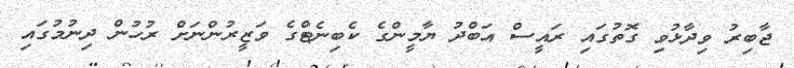
ޖާބިރު ވިދާޅުވި ގޮތުގައި ރައީސް އަބްދު ޔާމީންގެ ކެބިނެޓްގެ ވަޒީރުންނަށް ރުހުން ދިނުމުގައި